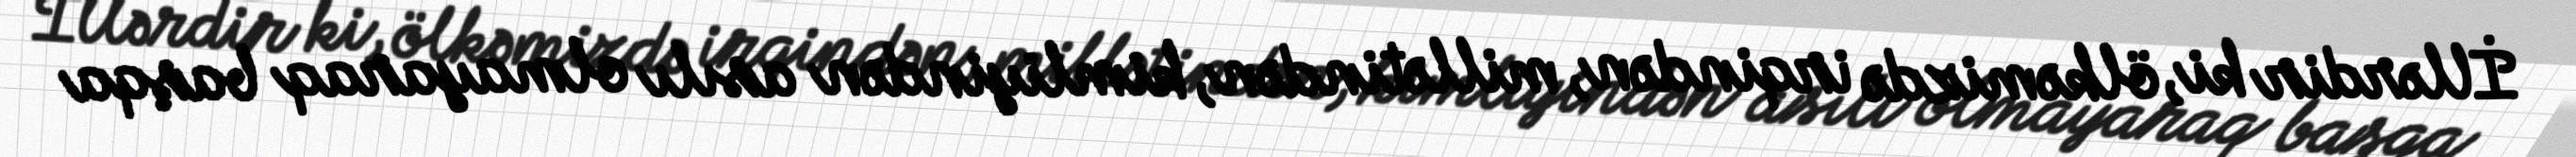
İllərdir ki, ölkəmizdə irqindən, millətindən, kimliyindən asılı olmayaraq başqa